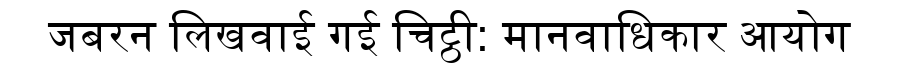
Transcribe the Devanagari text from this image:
जबरन लिखवाई गई चिट्ठी: मानवाधिकार आयोग